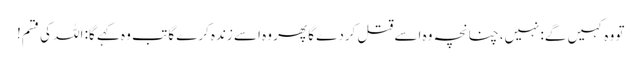
تو وہ کہیں گے:نہیں، چنانچہ وہ اسے قتل کردے گا پھر وہ اسے زندہ کرے گا تب وہ کہے گا: اللہ کی قسم!